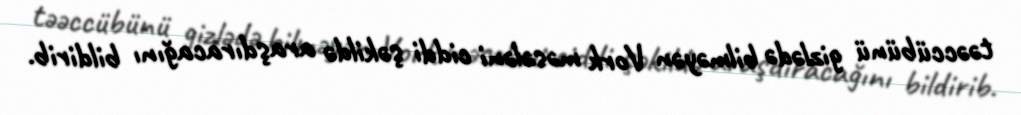
təəccübünü gizlədə bilməyən Vork məsələni ciddi şəkildə araşdıracağını bildirib.